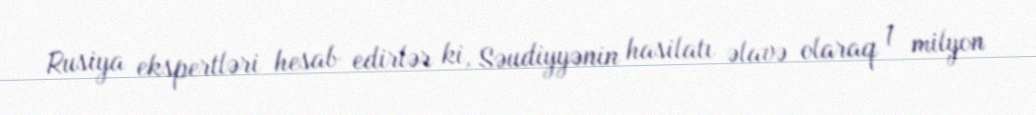
Rusiya ekspertləri hesab edirlər ki, Səudiyyənin hasilatı əlavə olaraq 1 milyon